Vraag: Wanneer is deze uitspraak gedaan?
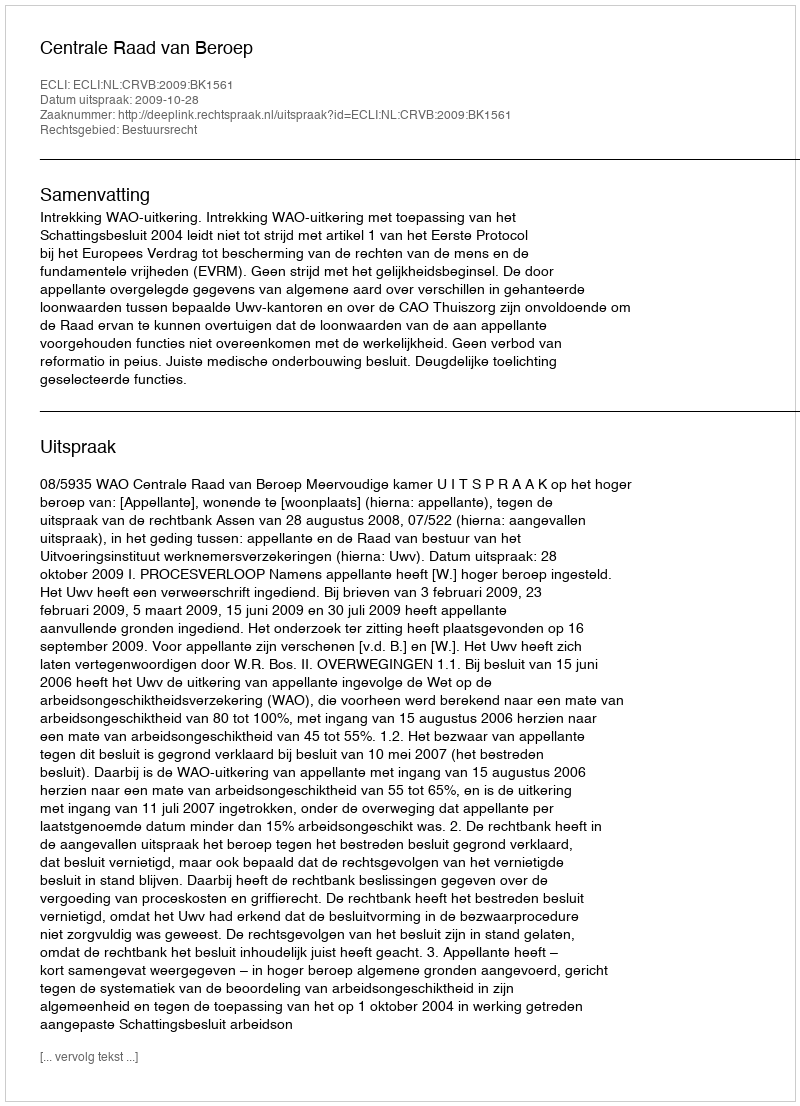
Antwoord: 2009-10-28